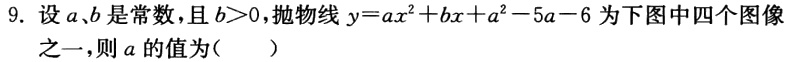
9. 设\(a、b\)是常数，且\(b > 0\)，抛物线\(y = ax^{2}+bx + a^{2}-5a - 6\)为下图中四个图像之一，则\(a\)的值为（  ）